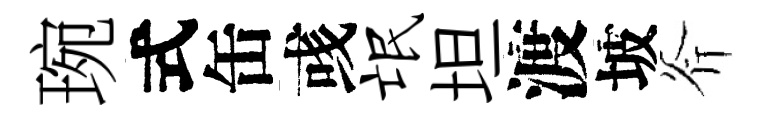
琬式缶彧氓坦渡坡斧